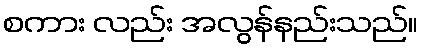
စကား လည်း အလွန်နည်းသည်။